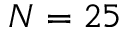
N = 2 5